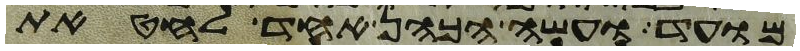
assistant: מועד ועשה הכהן אחד לחטאת